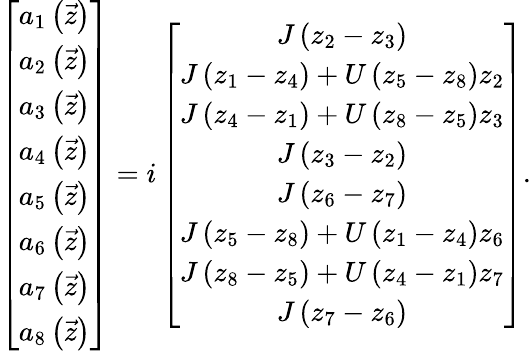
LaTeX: \left[\begin{array}{c}{a_{1}\left(\vec{z}\right)}\\ {a_{2}\left(\vec{z}\right)}\\ {a_{3}\left(\vec{z}\right)}\\ {a_{4}\left(\vec{z}\right)}\\ {a_{5}\left(\vec{z}\right)}\\ {a_{6}\left(\vec{z}\right)}\\ {a_{7}\left(\vec{z}\right)}\\ {a_{8}\left(\vec{z}\right)}\end{array}\right]=i\left[\begin{array}{c}{J\left(z_{2}-z_{3}\right)}\\ {J\left(z_{1}-z_{4}\right)+U\left(z_{5}-z_{8}\right)z_{2}}\\ {J\left(z_{4}-z_{1}\right)+U\left(z_{8}-z_{5}\right)z_{3}}\\ {J\left(z_{3}-z_{2}\right)}\\ {J\left(z_{6}-z_{7}\right)}\\ {J\left(z_{5}-z_{8}\right)+U\left(z_{1}-z_{4}\right)z_{6}}\\ {J\left(z_{8}-z_{5}\right)+U\left(z_{4}-z_{1}\right)z_{7}}\\ {J\left(z_{7}-z_{6}\right)}\end{array}\right].